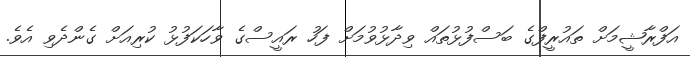
އަފްރާޝީމަށް ތައުރީފްގެ ބަސްފުޅުތައް ވިދާޅުވުމަށް ފަހު ރައީސްގެ ވާހަކަފުޅު ކުރިއަށް ގެންދެވި އެވެ.